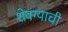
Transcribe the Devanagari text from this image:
शेवग्याची